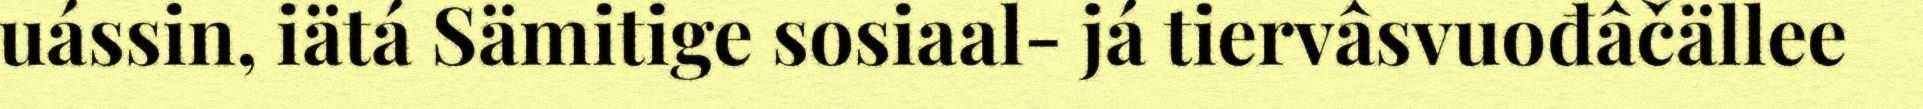
uássin, iätá Sämitige sosiaal- já tiervâsvuođâčällee